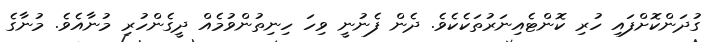
ގުދަންކޮށްފައި ހުރި ކޮންޓެއިނަރުތަކެކެވެ. ދެން ފެނުނީ ވިހަ ހިނިތުންވުމެއް ދީގެންހުރި މުނާއެވެ. މުނާގެ